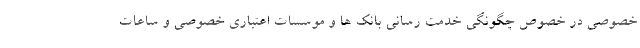
خصوصی در خصوص چگونگی خدمت رسانی بانک ها و موسسات اعتباری خصوصی و ساعات